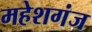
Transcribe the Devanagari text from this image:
महेशगंज